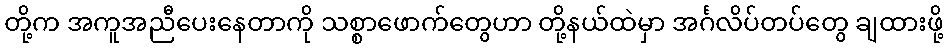
တို့က အကူအညီပေးနေတာကို သစ္စာဖောက်တွေဟာ တို့နယ်ထဲမှာ အင်္ဂလိပ်တပ်တွေ ချထားဖို့